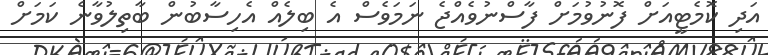
އަދި ކޮމެޓީއަށް ފޮނުވުމަށް ފާސްނުވެއްޖެ ނަމަވެސް އެ ބިލެއް އެހިސާބުން ބާތިލުވާނެ ކަމަށް